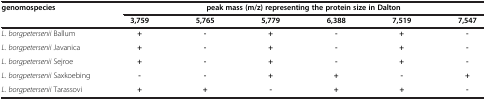
| <ROWSPAN=2> genomospecies | <COLSPAN=6> peak mass (m/z) representing the protein size in Dalton |
 | 3,759 | 5,765 | 5,779 | 6,388 | 7,519 | 7,547 |
 | --- | --- | --- | --- | --- | --- | --- |
 | L. borgpetersenii Ballum | + | - | + | - | + | - |
 | L. borgpetersenii Javanica | + | - | + | - | + | - |
 | L. borgpetersenii Sejroe | + | - | + | - | + | - |
 | L. borgpetersenii Saxkoebing | - | - | + | + | - | + |
 | L. borgpetersenii Tarassovi | + | + | - | + | + | - |